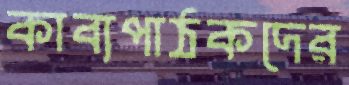
কাব্যপাঠকদের